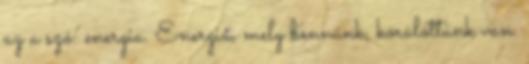
az a szó: energia. Energia, mely bennünk, körülöttünk van.